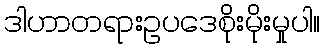
ဒါဟာတရားဥပဒေစိုးမိုးမှုပါ။